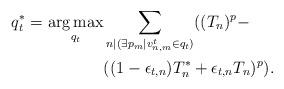
LaTeX: \begin{align*}q_t^*=\operatorname*{arg\,max}_{q_t} &\sum_{n|(\exists p_m | v_{n,m}^t \in q_t)} ((T_n)^p- \\& ((1-\epsilon_{t,n})T^*_n+\epsilon_{t,n}T_n)^p).\end{align*}